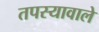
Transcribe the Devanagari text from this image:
तपस्यावाले